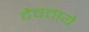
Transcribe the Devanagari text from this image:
देवतायै